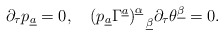
\begin{align*}\partial_\tau p_{\underline a}=0, \quad(p_{\underline a}\Gamma^{\underline a})^{\underline\alpha}_{~~\underline\beta}\partial_\tau\theta^{\underline\beta}=0.\end{align*}